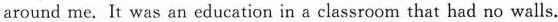
around me. It was an education in a classroom that had no walls.